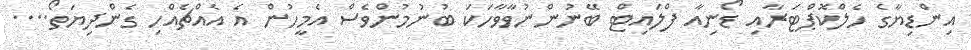
އިންޑިޔާގެ ހެލްކޮޕްޓަރާއި ޑޯނިއާ ފްލައިޓް ބޭނުންނުވާވާހަކަ ބުނުމުންވެސް އެމީހުން އެ އެއްޗެއްހި ގެންދިޔަތޯ....